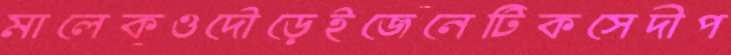
মালেকওদৌড়েইজেনেটিকসেদীপ